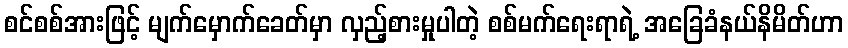
စင်စစ်အားဖြင့် မျက်မှောက်ခေတ်မှာ လှည့်စားမှုပါတဲ့ စစ်မက်ရေးရာရဲ့ အခြေခံနယ်နိမိတ်ဟာ